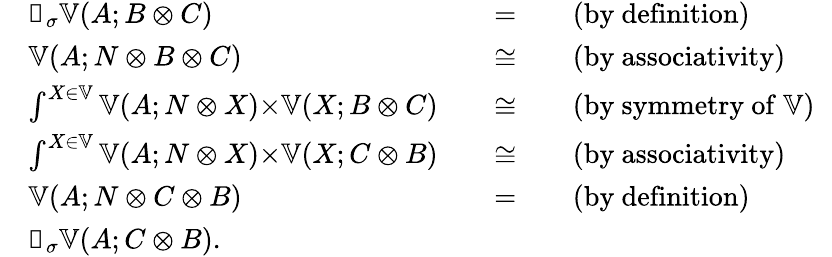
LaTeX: \begin{array}{rlrl}&{𝓝_{σ}𝕍(A;B⊗C)}&{\quad=}&{\quad\mathrm{(by~definition)}\phantom{∫}}\\ &{𝕍(A;N⊗B⊗C)}&{\quad≅}&{\quad\mathrm{(by~associativity)}\phantom{∫}}\\ &{∫^{X∈𝕍}𝕍(A;N⊗X)×𝕍(X;B⊗C)}&{\quad≅}&{\quad\mathrm{(by~symmetry~of~𝕍)}\phantom{∫}}\\ &{∫^{X∈𝕍}𝕍(A;N⊗X)×𝕍(X;C⊗B)}&{\quad≅}&{\quad\mathrm{(by~associativity)}\phantom{∫}}\\ &{𝕍(A;N⊗C⊗B)}&{\quad=}&{\quad\mathrm{(by~definition)}\phantom{∫}}\\ &{𝓝_{σ}𝕍(A;C⊗B).\phantom{\int}}\end{array}